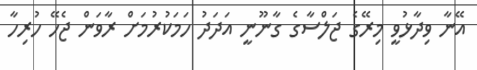
އޭނާ ވިދާޅުވީ މިރޭގެ ޖަލްސާގެ ގާނޫނީ އަދަދު ހަމަކުރުމަށް ރާވަން ޖެހޭ ހުރިހާ